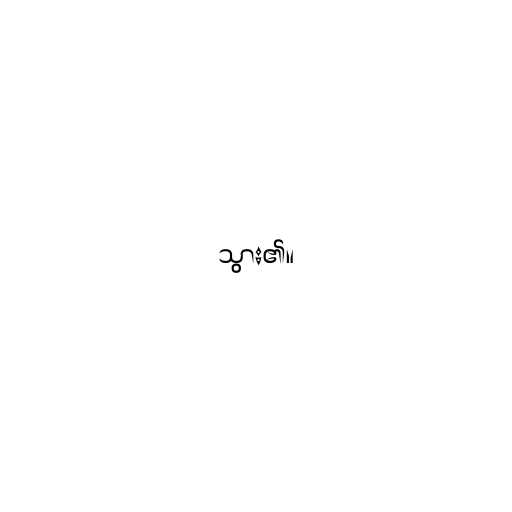
သွား၏။